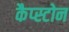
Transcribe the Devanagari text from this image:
कैप्स्टोन